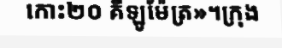
កោះ២០ គឺឡូម៉ែត្រ»។ក្រុង